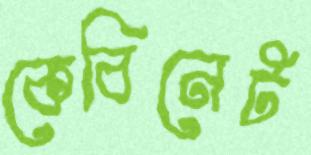
কেবিনেট